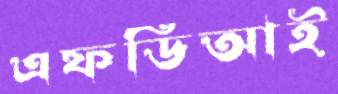
এফডিআই